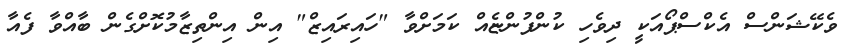
ވެކޭޝަންސް އެކްސްޕޯއަކީ ދިވެހި ކުންފުންޏެއް ކަމަށްވާ "ހައިރައިޒް" އިން އިންތިޒާމުކޮށްގެން ބާއްވާ ފެއާ